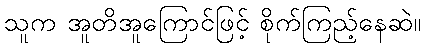
သူက အူတိအူကြောင်ဖြင့် စိုက်ကြည့်နေဆဲ။